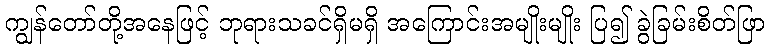
ကျွန်တော်တို့အနေဖြင့် ဘုရားသခင်ရှိမရှိ အကြောင်းအမျိုးမျိုး ပြ၍ ခွဲခြမ်းစိတ်ဖြာ